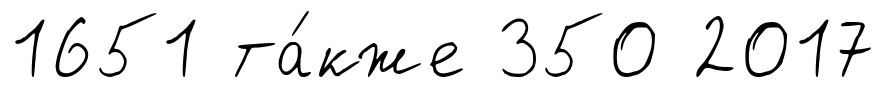
1651 та́кже 350 2017